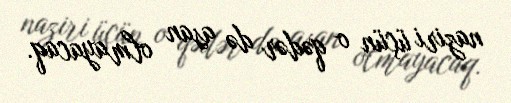
naziri üçün o qədər də asan olmayacaq.